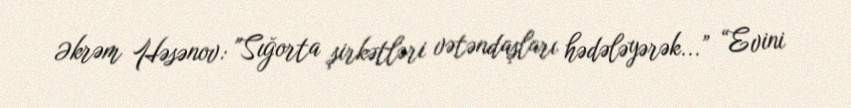
Əkrəm Həsənov: "Sığorta şirkətləri vətəndaşları hədələyərək...” “Evini